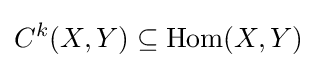
C^{k}(X,Y)\subseteq {\mbox{Hom}}(X,Y)